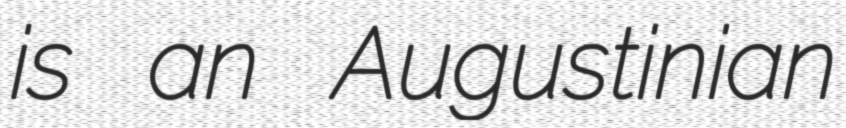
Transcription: is an Augustinian